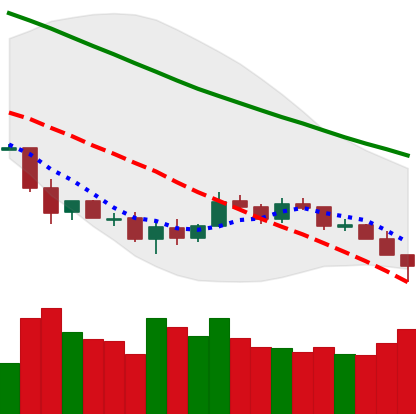
Ticker: LTC-USD
Chart end date: 2018-12-07
Forward return: -3.081%
Label: down_3_5